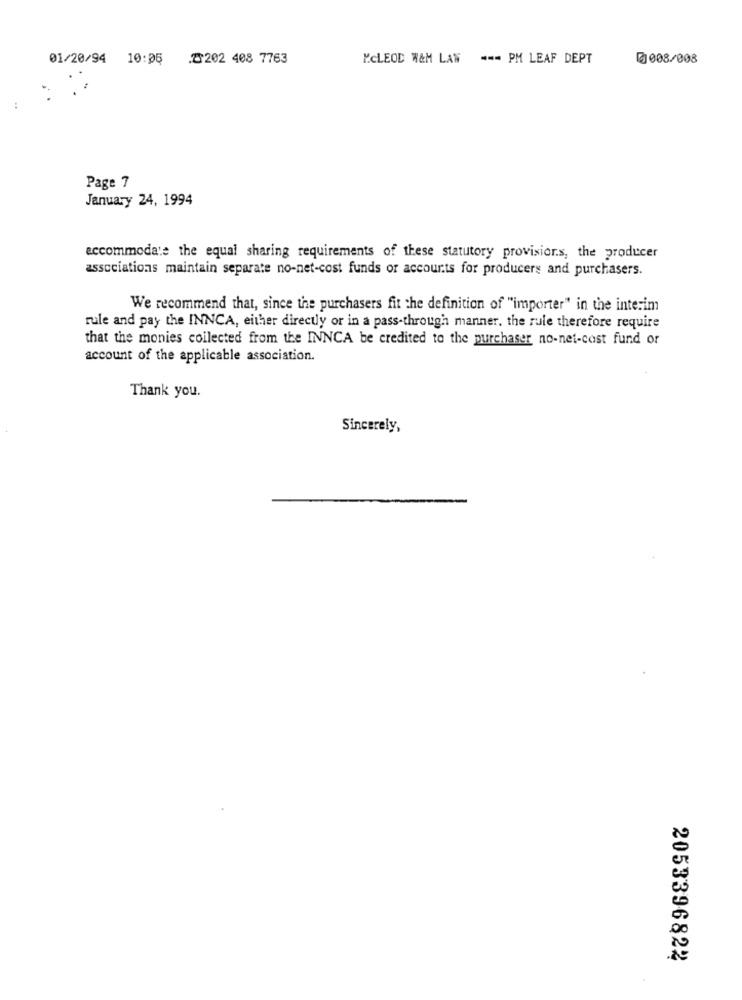
01/20/94 10:05
.8202 408 7763
MCLEOD W&M LAN --- PM LEAF DEPT
0008/008
Page 7
January 24, 1994
accommodate the equal sharing requirements of these statutory provisions, the producer
associations maintain separate no-net-cost funds or accourts for producers and purchasers.
We recommend that, since the purchasers fit the definition of "importer" in the interim
rule and pay the INNCA, either directly or in a pass-through manner, the rule therefore require
that the monies collected from the INNCA be credited to the purchaser no-net-cost fund or
account of the applicable association.
Thank you.
Sincerely,
2053396822